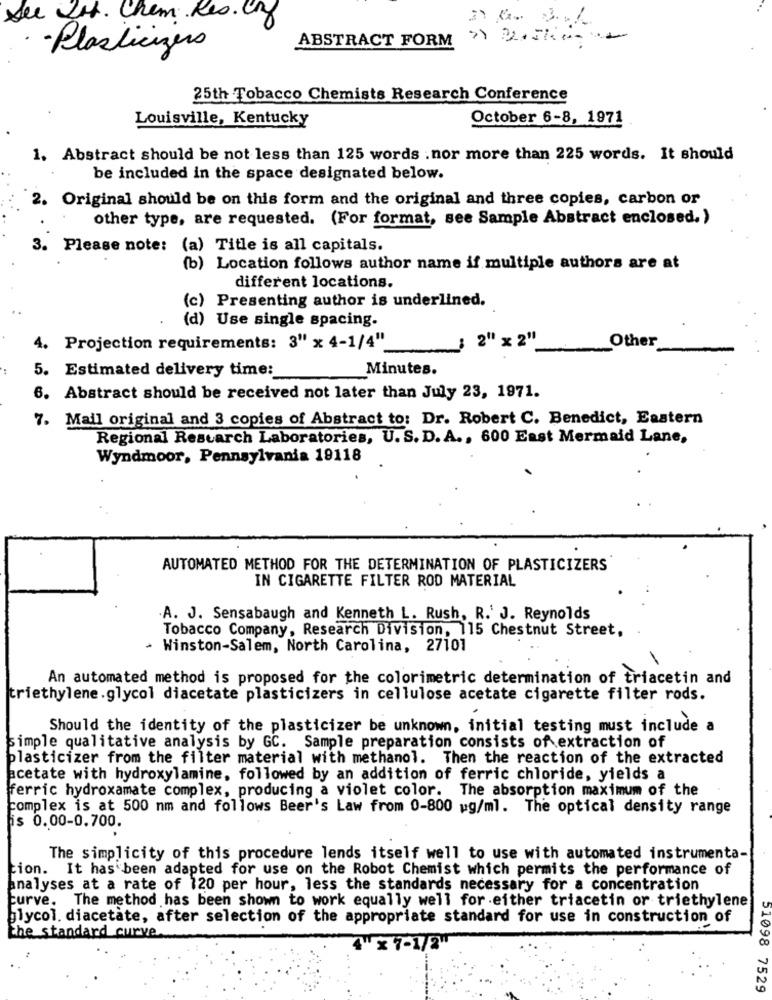
see Is. Chem Res.
ABSTRACT FORM >> 25 ===
· Plasticizers
25th Tobacco Chemists Research Conference
Louisville, Kentucky
October 6-8, 1971
1. Abstract should be not less than 125 words . nor more than 225 words. It should
be included in the space designated below.
2. Original should be on this form and the original and three copies, carbon or
other type, are requested. (For format, see Sample Abstract enclosed. )
3.
Please note: (a) Title is all capitals.
(b) Location follows author name if multiple authors are at
different locations.
(c) Presenting author is underlined.
(d) Use single spacing.
2" x 2"
Other
4. Projection requirements: 3" x 4-1/4"'
5. Estimated delivery time :_
Minutes.
6. Abstract should be received not later than July 23, 1971.
7. Mail original and 3 copies of Abstract to: Dr. Robert C. Benedict, Eastern
Regional Research Laboratories, U. S. D. A ., 600 East Mermaid Lane,
Wyndmoor, Pennsylvania 19118
AUTOMATED METHOD FOR THE DETERMINATION OF PLASTICIZERS
IN CIGARETTE FILTER ROD MATERIAL
.A. J. Sensabaugh and Kenneth L. Rush, R.' J. Reynolds
Tobacco Company, Research Division, 115 Chestnut Street,
- Winston-Salem, North Carolina, 27101
An automated method is proposed for the colorimetric determination of triacetin and
triethylene.glycol diacetate plasticizers in cellulose acetate cigarette filter rods.
Should the identity of the plasticizer be unknown, initial testing must include a
simple qualitative analysis by GC. Sample preparation consists of extraction of
plasticizer from the filter material with methanol. Then the reaction of the extracted
acetate with hydroxylamine, followed by an addition of ferric chloride, yields a
ferric hydroxamate complex, producing a violet color. The absorption maximum of the
complex is at 500 mm and follows Beer's Law from 0-800 wg/ml. The optical density range
is 0.00-0.700.
The simplicity of this procedure lends itself well to use with automated instrumenta-
tion. It has been adapted for use on the Robot Chemist which permits the performance of
analyses at a rate of 120 per hour, less the standards necessary for a concentration
curve. The method has been shown to work equally well for either triacetin or triethylene
glycol. diacetate, after selection of the appropriate standard for use in construction of
the standard curve.
51098 7529